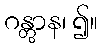
ဂန္တွာန၊ ၍။